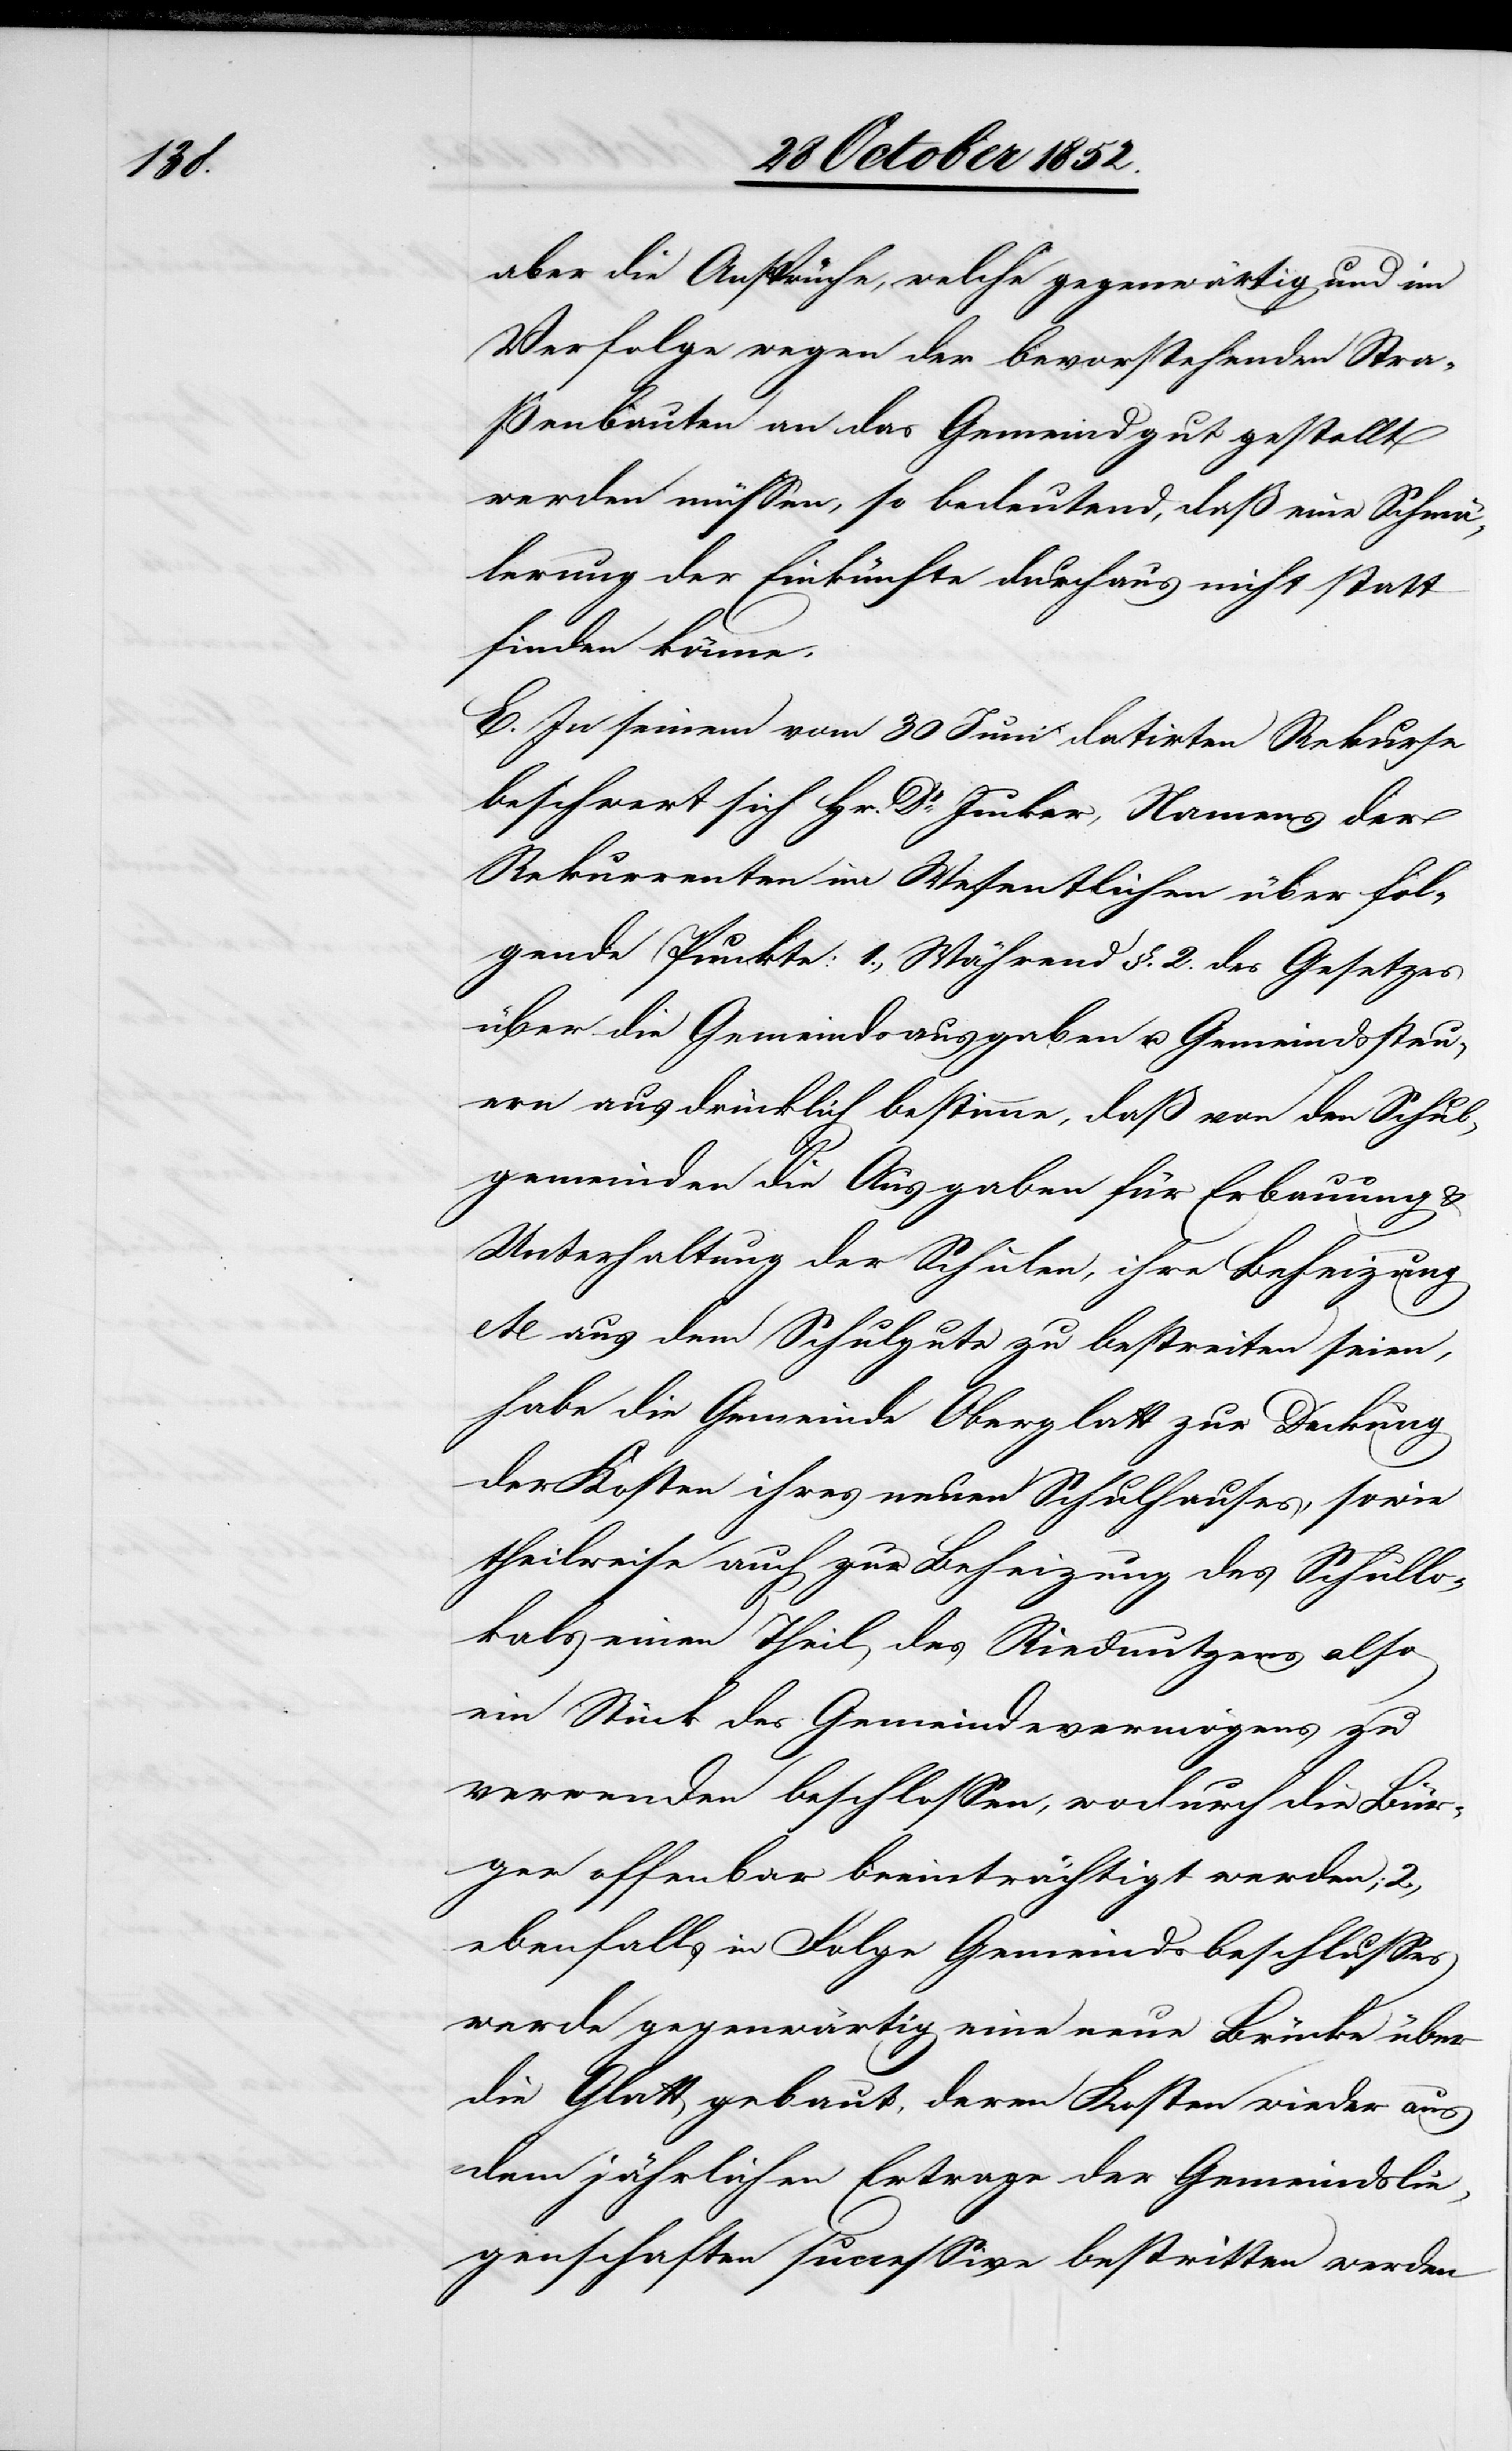
aber die Ansprüche, welche gegenwärtig und im
Verfolge wegen der bevorstehenden Stra¬
ßenbauten an das Gemeindgut gestellt
werden müssen, so bedeutend, daß eine Schmä¬
lerung der Einkünfte durchaus nicht statt
finden könne.
E. In seinem vom 30 Juni datirten Rekurse
beschwert sich Hr. Dr. Jucker, Namens der
Rekurrenten im Wesentlichen über fol¬
gende Punkte: 1., Während §. 2. des Gesetzes
über die Gemeindsausgaben u. Gemeindssteu¬
ern ausdrücklich bestimme, daß von den Schul¬
gemeinden die Ausgaben für Erbauung &
Unterhaltung der Schulen, ihre Beheizung
etc aus dem Schulgute zu bestreiten seien,
habe die Gemeinde Oberglatt zur Deckung
der Kosten ihres neuen Schulhauses, sowie
theilweise auch zur Beheizung des Schullo¬
kals einen Theil des Riednutzens also
ein Stück des Gemeindevermögens zu
verwenden beschlossen, wodurch die Bür¬
ger offenbar beeinträchtigt werden; 2.,
ebenfalls in Folge Gemeindsbeschlusses
werde gegenwärtig eine neue Brücke über
die Glatt gebaut, deren Kosten wieder aus
dem jährlichen Ertrage der Gemeindslie¬
genschaften successive bestritten werden